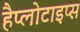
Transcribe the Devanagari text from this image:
हैप्लोटाइप्स